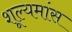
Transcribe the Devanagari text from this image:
शूल्यमांस